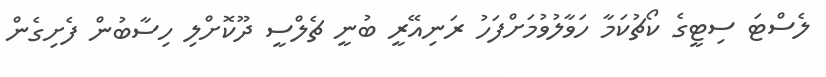
ލެސްޓަ ސިޓީގެ ކޯޗުކަމާ ހަވާލުވުމަށްފަހު ރަނިއޭރީ ބުނީ ޗެލްސީ ދޫކޮށްލި ހިސާބުން ފެށިގެން